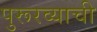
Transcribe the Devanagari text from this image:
पुरूरव्याची